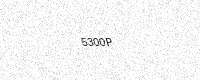
Text: 5300P